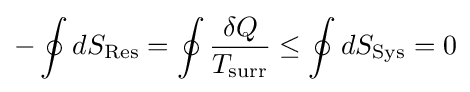
-\oint dS_{\text{Res}}=\oint {\frac {\delta Q}{T_{\text{surr}}}}\leq \oint dS_{\text{Sys}}=0